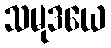
သမုဒယေ